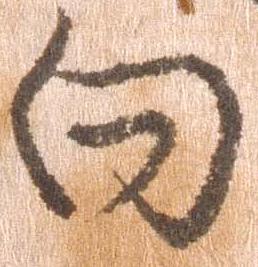
向